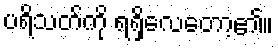
ပရိသတ်ကို ရရှိလေတော့၏။